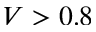
V > 0 . 8